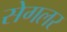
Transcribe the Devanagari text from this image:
सेगलर